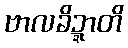
ဗာလခိဍ္ဍာတိ